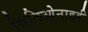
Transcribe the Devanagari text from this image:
सिलिओनाइडी